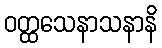
ဝတ္ထသေနာသနာနိ